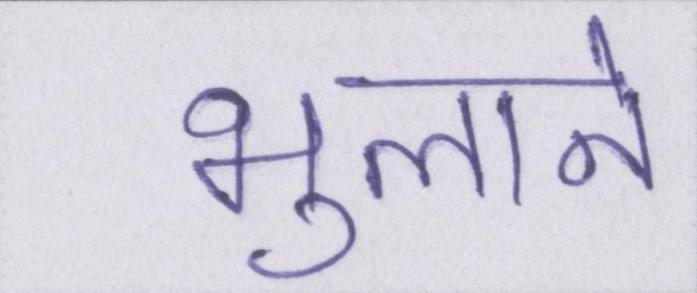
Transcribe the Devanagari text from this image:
भुलाने